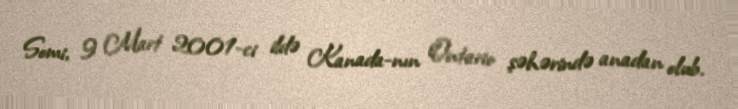
Somi, 9 Mart 2001-ci ildə Kanada-nın Ontario şəhərində anadan olub.